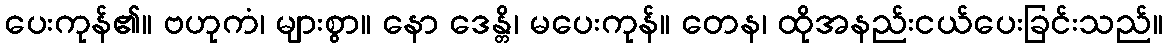
ပေးကုန်၏။ ဗဟုကံ၊ များစွာ။ နော ဒေန္တိ၊ မပေးကုန်။ တေန၊ ထိုအနည်းငယ်ပေးခြင်းသည်။